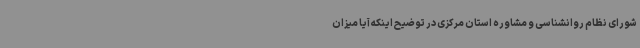
شورای نظام روانشناسی و مشاوره استان مرکزی در توضیح اینکه آیا میزان